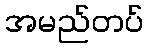
အမည်တပ်